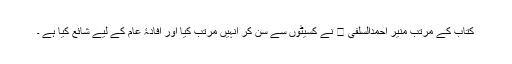
کتاب کے مرتب منیر احمدالسلفی ﷾ نے کسیٹوں سے سن کر انہیں مرتب کیا اور افادۂ عام کے لیے شائع کیا ہے ۔